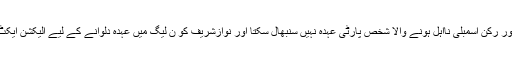
عمران خان نے اپنی درخواست میں موقف اپنایا تھا کہ بطور رکن اسمبلی نااہل ہونے والا شخص پارٹی عہدہ نہیں سنبھال سکتا اور نوازشریف کو ن لیگ میں عہدہ دلوانے کے لیے الیکشن ایکٹ میں خصوصی ترامیم کی گئیں جو آئین سے متصادم ہیں۔